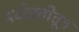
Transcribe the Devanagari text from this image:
पदोन्नतीतून